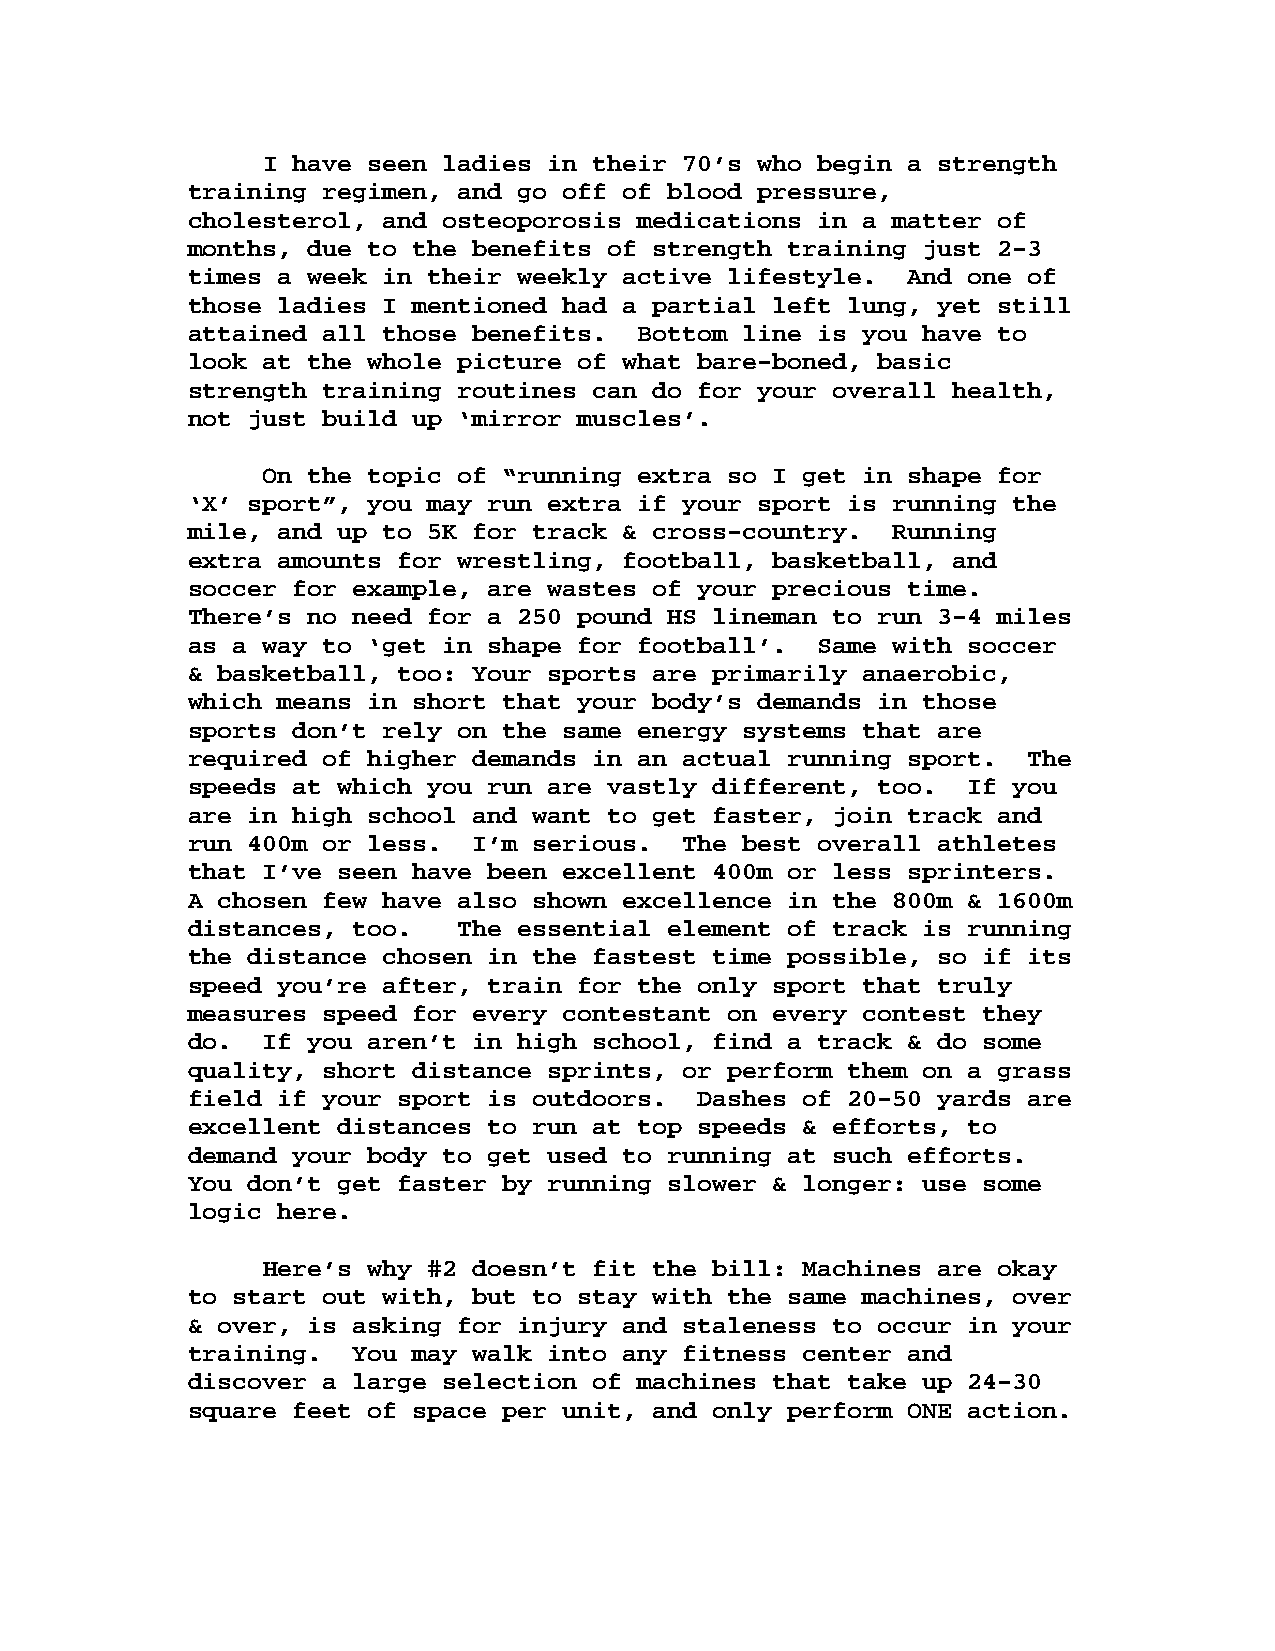
I have seen ladies in their 70’s who begin a strength
 training regimen, and go off of blood pressure,
 cholesterol, and osteoporosis medications in a matter of
 months, due to the benefits of strength training just 2-3
 times a week in their weekly active lifestyle.  And one of
 those ladies I mentioned had a partial left lung, yet still
 attained all those benefits.  Bottom line is you have to
 look at the whole picture of what bare-boned, basic
 strength training routines can do for your overall health,
 not just build up ‘mirror muscles’.
 On the topic of “running extra so I get in shape for
 ‘X’ sport”, you may run extra if your sport is running the
 mile, and up to 5K for track & cross-country.  Running
 extra amounts for wrestling, football, basketball, and
 soccer for example, are wastes of your precious time.
 There’s no need for a 250 pound HS lineman to run 3-4 miles
 as a way to ‘get in shape for football’.  Same with soccer
 & basketball, too: Your sports are primarily anaerobic,
 which means in short that your body’s demands in those
 sports don’t rely on the same energy systems that are
 required of higher demands in an actual running sport.  The
 speeds at which you run are vastly different, too.  If you
 are in high school and want to get faster, join track and
 run 400m or less.  I’m serious.  The best overall athletes
 that I’ve seen have been excellent 400m or less sprinters.
 A chosen few have also shown excellence in the 800m & 1600m
 distances, too.   The essential element of track is running
 the distance chosen in the fastest time possible, so if its
 speed you’re after, train for the only sport that truly
 measures speed for every contestant on every contest they
 do.  If you aren’t in high school, find a track & do some
 quality, short distance sprints, or perform them on a grass
 field if your sport is outdoors.  Dashes of 20-50 yards are
 excellent distances to run at top speeds & efforts, to
 demand your body to get used to running at such efforts.
 You don’t get faster by running slower & longer: use some
 logic here.
 Here’s why #2 doesn’t fit the bill: Machines are okay
 to start out with, but to stay with the same machines, over
 & over, is asking for injury and staleness to occur in your
 training.  You may walk into any fitness center and
 discover a large selection of machines that take up 24-30
 square feet of space per unit, and only perform ONE action.